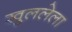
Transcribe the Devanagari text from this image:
खुललेला